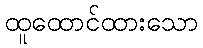
ထူထောင်ထားသော